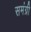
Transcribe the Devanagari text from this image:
समंग्री